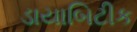
ડાયાબિટીક